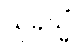
သုခသ္မိံ